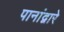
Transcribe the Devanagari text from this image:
पानांद्वारे